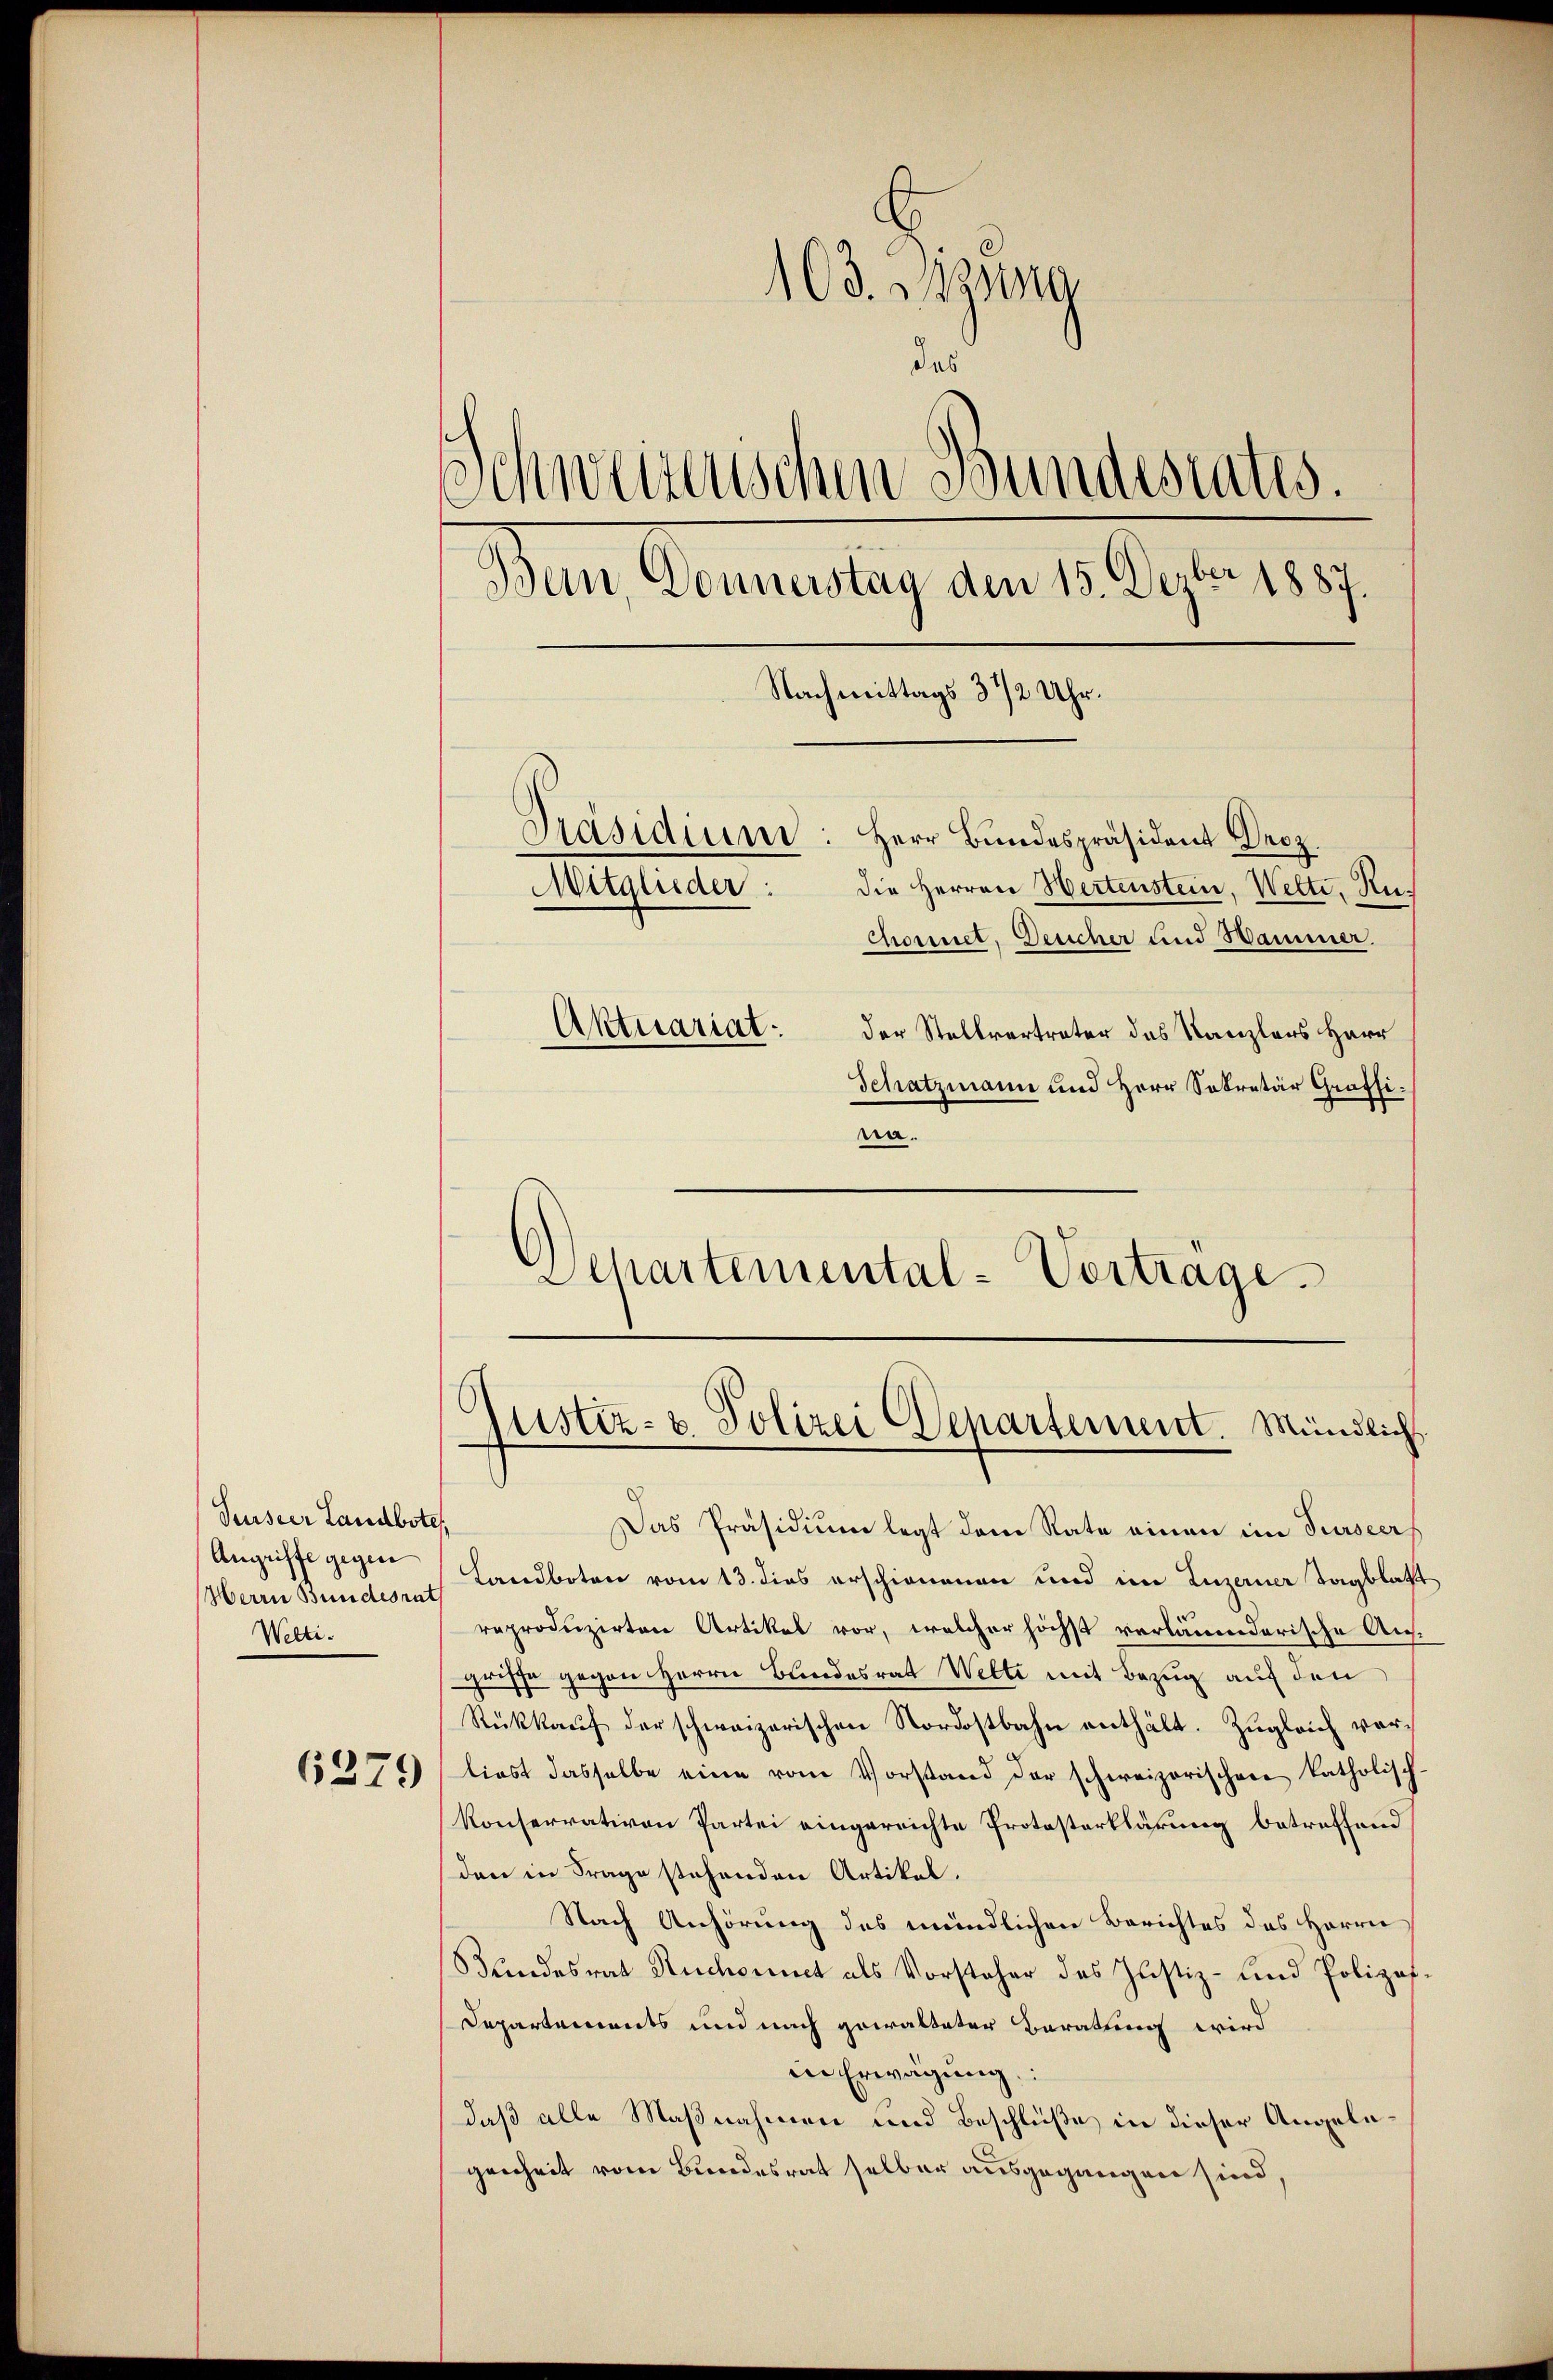
Surseer Landbote
Angriffe gegen
Herrn Bundesrat
Welti.

6279

103. zwa
das
Schweizerischen Bundesrates.
Dein Donnerstag den 15. Dezbr 1887.
Nachmittags 3 1/2 Uhr.
Präsidium: Herr Bundespräsident Droz
Mitglieder:
die Herren Hertenstein, Wette, Ruchornet, Desicher und Hammer.
Aktuariat.
der Stellvertrater das Kanzlers Herr
Schatzmann und Herr Sekretär Grafsi.

na.
Separtemental-Vortrage.

6
Justiz- & Polizei Departement. Mündlich

Das Präsidium legt dem Rate einen im Turseers
Landboten vom 13. dies erschienenen und im Luzerner Tagblatt
reproduzirten Artikel vor, welcher höchst verläumderische Ausgrisse gegen Herrn Bundesrat Welti mit Bezug auf den
Rükkaŭf der schweizerischen Nordostbahn enthält. Zugleich vorliest dasselbe eine vom Vorstand der schweizerischer katholisch
Konservativen Partei eingereichte Protosterklärung betreffend
den in Frage stehenden Artikel,
Nach Anhörung des mündlichen Berichtes des Herrn
Bundesrat Ruchounct als Vorsteher des Justiz- und Polizes¬
Departements und nach gewalteter Baratung wird
in Erwägung
daß alle Maßnahmen und Beschluße in dieser Angelegenheit vom Bundesrat selber ausgegangen sind,